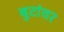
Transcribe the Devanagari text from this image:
बुटांवर